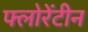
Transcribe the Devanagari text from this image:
फ्लोरेंटीन